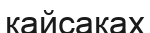
кайсаках